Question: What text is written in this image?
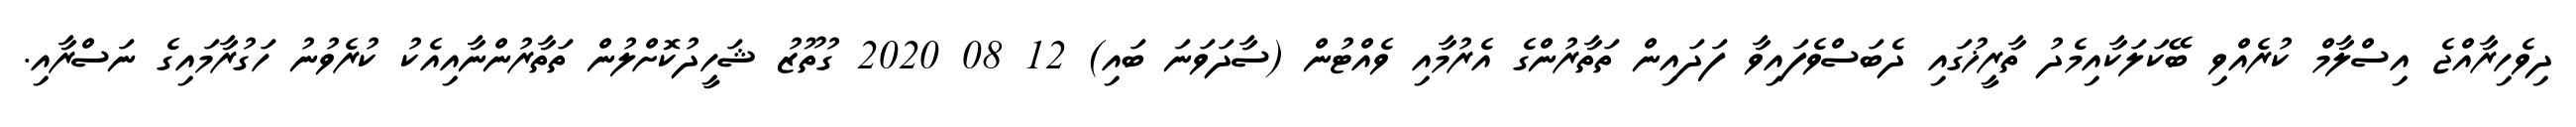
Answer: ދިވެހިރާއްޖެ އިސްލާމް ކުރެއްވި ބޭކަލަކާއިމެދު ތާރީޚުގައި ދެބަސްވެފައިވާ ފަދައިން ތަތާރުންގެ އެރުމާއި ވެއްޓުން (ސާދަވަނަ ބައި) 12 08 2020 ގުތޫޒު ޝަހީދުކޮށްލުން ތަތާރުންނާއިއެކު ކުރެވުނު ހަގުރާމައިގެ ނަސްރާއި.